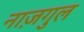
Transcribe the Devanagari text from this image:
नाज़गुल